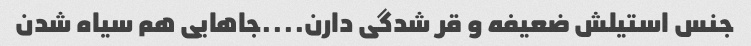
جنس استیلش ضعیفه و قر شدگی دارن....جاهایی هم سیاه شدن